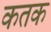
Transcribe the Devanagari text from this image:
कतक